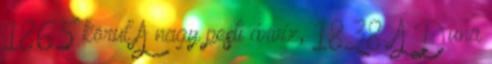
1865 körül A nagy pesti árvíz, 1838. A Duna